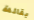
بقائمة